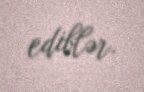
ediblər.